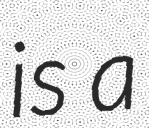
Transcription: is a